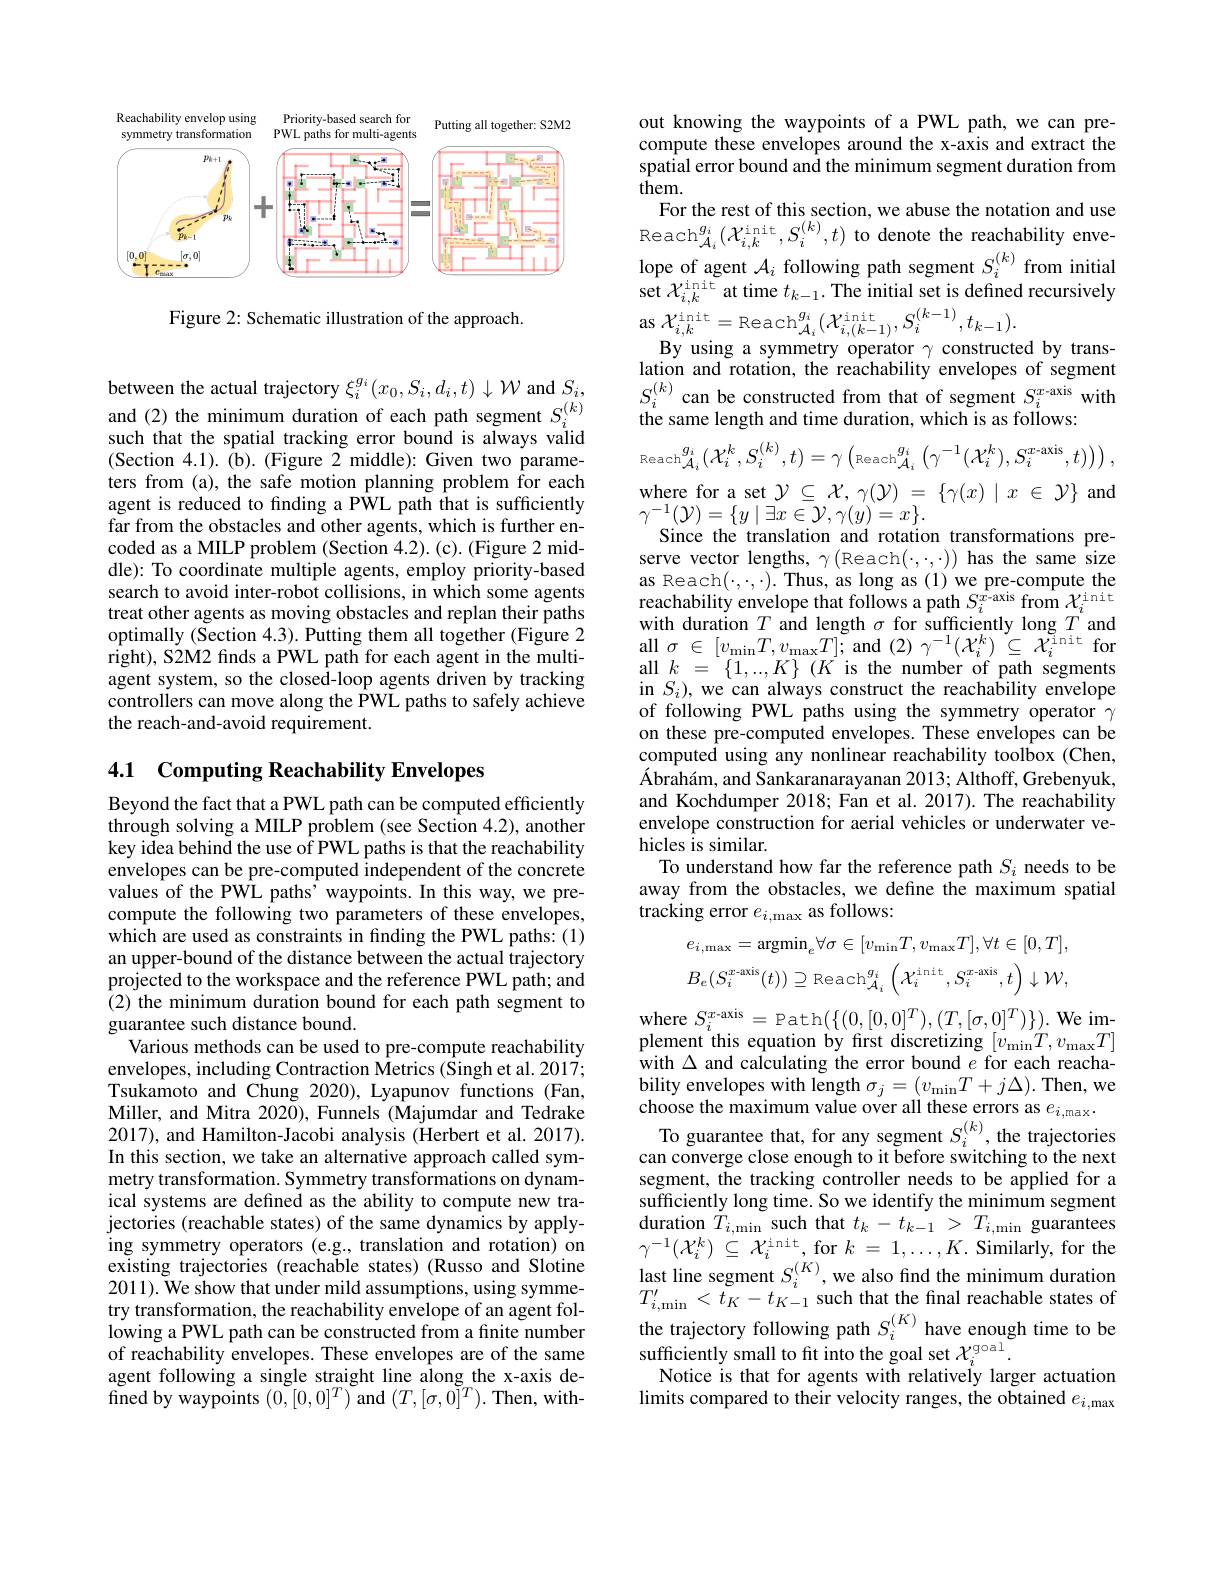
<FigureHere>

Figure 2: Schematic illustration of the approach.

between the actual trajectory $\xi_i^{g_i}(x_0,S_i,d_i,t)\downarrow\mathcal{W}$ and $S_i$, and (2) the minimum duration of each path segment $S_i^{(k)}$ such that the spatial tracking error bound is always valid (Section 4.1). (b). (Figure 2 middle): Given two parameters from (a), the safe motion planning problem for each agent is reduced to finding a PWL path that is sufficiently far from the obstacles and other agents, which is further encoded as a MILP problem (Section 4.2). (c). (Figure 2 middle): To coordinate multiple agents, employ priority-based search to avoid inter-robot collisions, in which some agents treat other agents as moving obstacles and replan their paths optimally (Section 4.3). Putting them all together (Figure 2 right), S2M2 finds a PWL path for each agent in the multiagent system, so the closed-loop agents driven by tracking controllers can move along the PWL paths to safely achieve the reach-and-avoid requirement.

## 4.1 Computing Reachability Envelopes

Beyond the fact that a PWL path can be computed efficiently through solving a MILP problem (see Section 4.2), another key idea behind the use of PWL paths is that the reachability envelopes can be pre-computed independent of the concrete values of the PWL paths' waypoints. In this way, we precompute the following two parameters of these envelopes, which are used as constraints in finding the PWL paths: (1) an upper-bound of the distance between the actual trajectory projected to the workspace and the reference PWL path; and (2) the minimum duration bound for each path segment to guarantee such distance bound.
Various methods can be used to pre-compute reachability envelopes, including Contraction $\hat{\text{Metrics(Singhet al.2017;}}$ $\hat{\text{Tsukamoto and Chung 2020),Lyapunov functions (Fan,}}$ Miller, and Mitra 2020), Funnels (Majumdar and Tedrake 2017), and Hamilton-Jacobi analysis (Herbert et al. 2017). In this section, we take an alternative approach called symmetry transformation. Symmetry transformations on dynamical systems are defined as the ability to compute new trajectories (reachable states) of the same dynamics by applying symmetry operators (e.g., translation and rotation) on existing trajectories (reachable states) (Russo and Slotine 2011). We show that under mild assumptions, using symmetry transformation, the reachability envelope of an agent following a PWL path can be constructed from a finite number of reachability envelopes. These envelopes are of the same agent following a single straight line along the x-axis defined by waypoints $(0,[0,0]^{T})$ and $(T,[\sigma,0]^{\tilde{T}}).$ Then, with-

out knowing the waypoints of a PWL path, we can precompute these envelopes around the x-axis and extract the spatial error bound and the minimum segment duration from them.
For the rest of this section, we abuse the notation and use Reach$_{\mathcal{A}_i}^{g_i}(\mathcal{X}_{i,k}^{\mathrm{init}},S_i^{(k)},t)$ to denote the reachability envelope of agent $\mathcal{A}_i$ following path segment $S_i^{(k)}$ from initial set $\mathcal{X}_{i,k}^\mathrm{init}$ at time $t_k-1.$ The initial set is defined recursively $\operatorname{as}{\mathcal{X}}_{i,k}^{\mathrm{init}}=\operatorname{Reach}_{\mathcal{A}_{i}}^{g_{i}}(\mathcal{X}_{i,(k-1)}^{\mathrm{init}},S_{i}^{(k-1)},t_{k-1}).$
By using a symmetry operator $\gamma$ constructed by translation and rotation, the reachability envelopes of segment $S_{i}^{(k)}$can be constructed from that of segment $S_i^{x-\mathrm{axis}}$ with the same length and time duration, which is as follows:
$$_{\mathrm{Reach}}^{g_{i}}(\mathcal{X}_{i}^{k},S_{i}^{(k)},t)=\gamma\left(_{\mathrm{Reach}}g_{\mathcal{A}_{i}}^{g_{i}}\left(\gamma^{-1}(\mathcal{X}_{i}^{k}),S_{i}^{x-\mathrm{axis}},t)\right)\right),$$
where for a set $\mathcal{Y}\subseteq\mathcal{X},\gamma(\mathcal{Y})=\{\gamma(x)\mid x\in\mathcal{Y}\}$ and
$\gamma^{-1}(\mathcal{Y})=\{y\mid\exists x\in\mathcal{Y},\gamma(y)=x\}.$
Since the translation and rotation transformations preserve vector lengths, $\gamma\left(\mathrm{Reach}(\cdot,\cdot,\cdot)\right)$ has the same size $\begin{array}{l}{\mathrm{as~Reach(\cdot,\cdot,\cdot).~Thus,~as~long~as~(1)~we~pre-compute~the}}\\{\mathrm{reachability~envelope~that~follows~a~path~}S_{i}^{x-axis~from~}\mathcal{X}_{i}^{\mathrm{init}}}\end{array}$ with duration $T$ and length $\sigma$ for sufficiently long $T$ and $\begin{array}{rcl}{\mathrm{all~}\sigma\in[v_{\mathrm{min}}T,v_{\mathrm{max}}T];\mathrm{~and~}(2)\gamma^{-1}(\mathcal{X}_{i}^{k})\subseteq\mathcal{X}_{i}^{\mathrm{init}}\mathrm{~for}}\\{\mathrm{all~}k=\{1,\ldots,K\}\mathrm{~}(K\mathrm{~is~the~number~of~path~segments}}\end{array}$ in $S_{i})$, we can always construct the reachability envelope of following PWL paths using the symmetry operator $\gamma$ on these pre-computed envelopes. These envelopes can be computed using any nonlinear reachability toolbox (Chen, $\hat{\text{Ábrahám, and Sankaranarayanan 2013; Althoff, Grebenyuk,}}$ and Kochdumper 2018; Fan et al. 2017). The reachability envelope construction for aerial vehicles or underwater vehicles is similar.
To understand how far the reference path $S_i$ needs to be away from the obstacles, we define the maximum spatial tracking error $e_{i,\mathrm{max}}$ as follows:
$$e_{i,\mathrm{max}}=\mathrm{argmin}_{e}\forall\sigma\in[v_{\mathrm{min}}T,v_{\mathrm{max}}T],\forall t\in[0,T],\\B_{e}(S_{i}^{x-\mathrm{axis}}(t))\supseteq\mathrm{Reach}_{\mathcal{A}_{i}}^{g_{i}}\left(\mathcal{X}_{i}^{\mathrm{init}},S_{i}^{x-\mathrm{axis}},t\right)\downarrow\mathcal{W},$$
where $S_i^{x-\mathrm{axis}}=$Path$(\{(0,[0,0]^T),(T,[\sigma,0]^T)\}).$We implement this equation by first discretizing $[v_{\mathrm{min}}T,v_{\mathrm{max}}T]$ $\hat{\text{with }\Delta}$ and calculating the error bound $e$ for each reachability envelopes with length $\sigma_j=(v_{\mathrm{min}}T+j\Delta).$ Then, we choose the maximum value over all these errors as $e_i,\max.$
To guarantee that, for any segment $S_i^{(k)}$, the trajectories can converge close enough to it before switching to the next segment, the tracking controller needs to be applied for a sufficiently long time. So we identify the minimum segment $\operatorname { \mathrm{duration~}} \tilde{T} _{i, \text{min}}\operatorname { \mathrm{such~that~}} t_{k}- t_{k- 1}$ > $T_{i, \text{min guarantees}}$ $\gamma^{-1}(\mathcal{X}_{i}^{k})\stackrel{'}{\subseteq}\mathcal{X}_{i}^{\mathrm{init}}$,for$k=1,\ldots,K.$Similarly, for the last line segment $S_{i}^{( K) }$,we also find the minimum duration $T_{i, \mathrm{min}}^{\prime }< t_{K}- t_{K- 1}$ such that the final reachable states of the trajectory following path $S_{i}^{( K) }$ have enough time to be sufficiently small to fit into the goal set $\mathcal{X}_i^\mathrm{goal}.$
Notice is that for agents with relatively larger actuation limits compared to their velocity ranges, the obtained $e_{i,\text{max}}$